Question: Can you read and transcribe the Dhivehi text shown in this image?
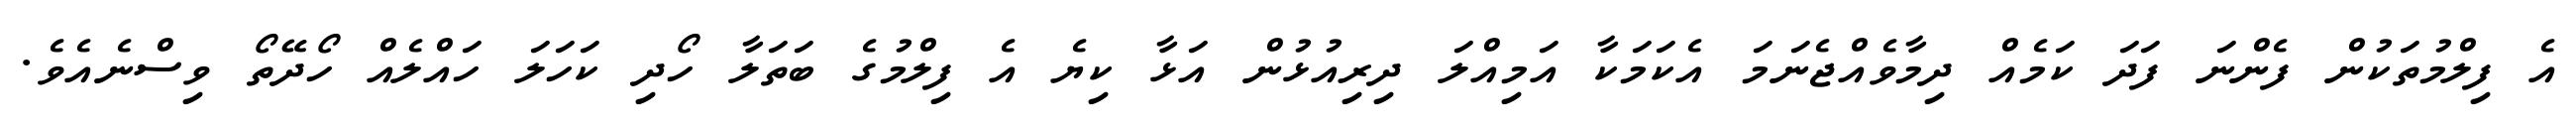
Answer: އެ ފިލްމުތަކުން ފެންނަ ފަދަ ކަމެއް ދިމާވެއްޖެނަމަ އެކަމަކާ އަމިއްލަ ދިރިއުޅުން އަޅާ ކިޔެ އެ ފިލްމުގެ ބަތަލާ ހޯދި ކަހަލަ ހައްލެއް ހޯދޭތޯ ވިސްނެއެވެ.